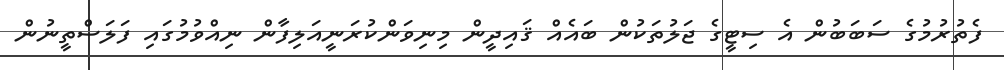
ފެތުރުމުގެ ސަބަބުން އެ ސިޓީގެ ޖަލުތަކުން ބައެއް ޤައިދީން މިނިވަންކުރަނީއަލިފާން ނިއްވުމުގައި ފަލަސްތީނުން